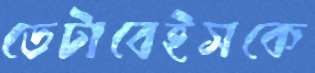
ডেটাবেইসকে